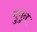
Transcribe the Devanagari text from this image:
मुगुन